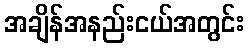
အချိန်အနည်းငယ်အတွင်း